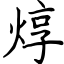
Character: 焞